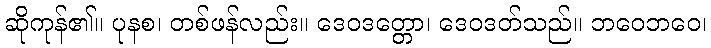
ဆိုကုန်၏။ ပုနစ၊ တစ်ဖန်လည်း။ ဒေဝဒတ္တော၊ ဒေဝဒတ်သည်။ ဘဝေဘဝေ၊